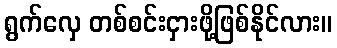
ရွက်လှေ တစ်စင်းငှားဖို့ဖြစ်နိုင်လား။